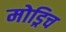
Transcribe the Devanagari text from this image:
मोड्रिच